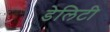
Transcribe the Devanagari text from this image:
डेलिटी